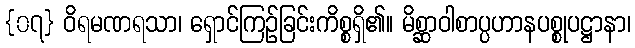
{၀၇} ဝိရမဏရသာ၊ ရှောင်ကြဉ်ခြင်းကိစ္စရှိ၏။ မိစ္ဆာဝါစာပ္ပဟာနပစ္စုပဋ္ဌာနာ၊